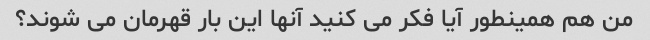
من هم همینطور آیا فکر می کنید آنها این بار قهرمان می شوند؟